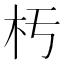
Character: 𣏓